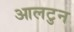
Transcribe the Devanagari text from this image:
आलटुन